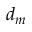
d _ { m }